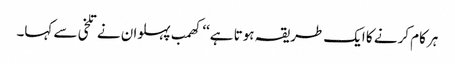
ہر کام کرنے کا ایک طریقہ ہوتا ہے‘‘ کھمب پہلوان نے تلخی سے کہا۔